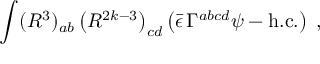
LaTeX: \int ( R ^ { 3 } ) _ { a b } \left( R ^ { 2 k - 3 } \right) _ { c d } \left( \bar { \epsilon } \, \Gamma ^ { a b c d } \psi - \mathrm { h . c . } \right) \; ,